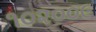
૧૦૨૦૦૯